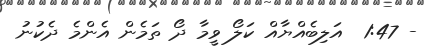
- 1:47  އަލިބެއްޔާއް ކަލޯ ވީމާ ދޯ ތަމެން އެންމެ ދެކުނު